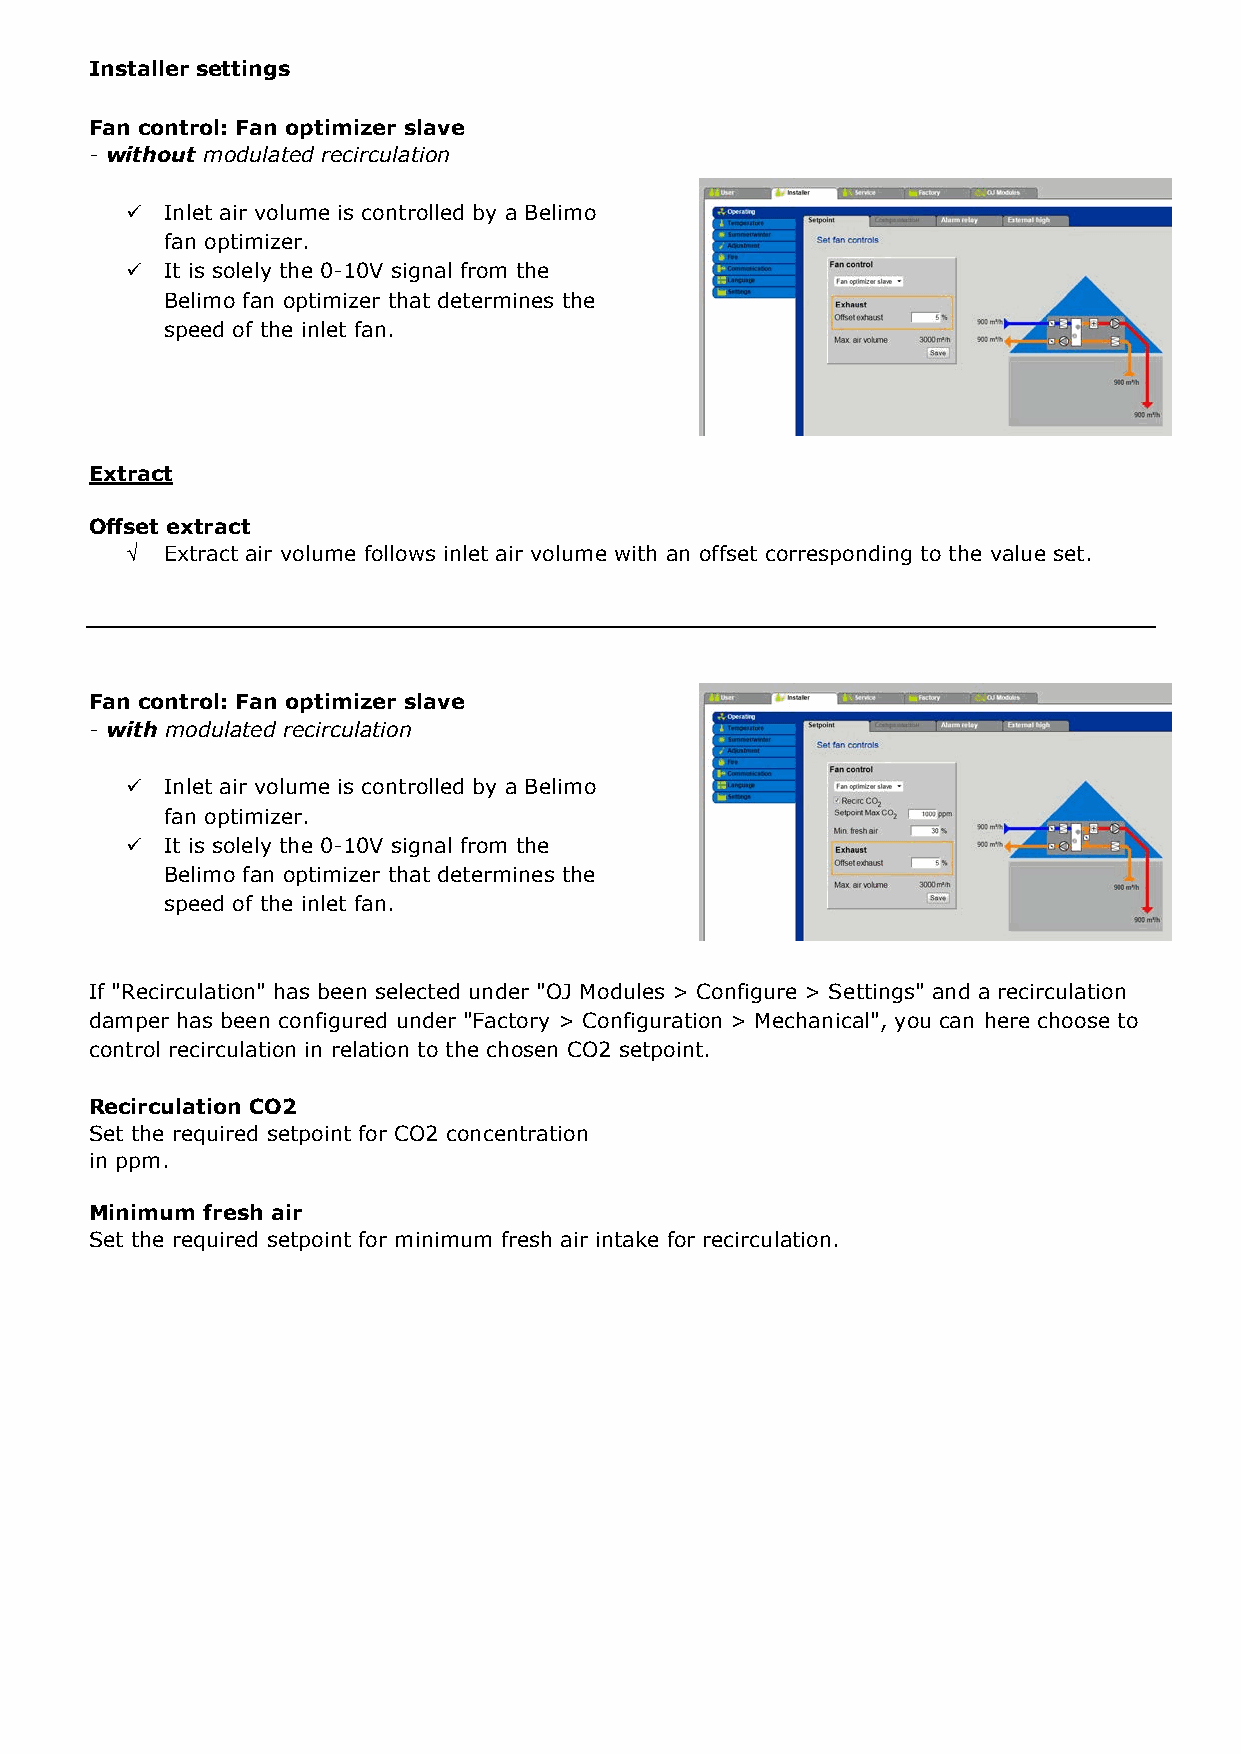
Installer settings Installer settings
 Fan control: Fan optimizer Fan control: Fan optimizer slave
 - without modulated recirculation - without modulated recirculation
  Inlet and extract volumes are controlled  Inlet air volume is controlled by a Belimo
 separately by a Belimo fan optimizer. fan optimizer.
  It is solely the 0-10V signal from the  It is solely the 0-10V signal from the
 Belimo fan optimizer that determines the Belimo fan optimizer that determines the
 speed of the fans. speed of the inlet fan.
 Extract
 Offset extract
 Fan control: Fan optimizer
 √  Extract air volume follows inlet air volume with an offset corresponding to the value set.
 - with modulated recirculation
  Inlet and extract volumes are controlled
 separately by a Belimo fan optimizer.
  It is solely the 0-10V signal from the
 Fan control: Fan optimizer slave
 Belimo fan optimizer that determines the
 - with modulated recirculation
 speed of the fans.
   Inlet air volume is controlled by a Belimo
 fan optimizer.
   It is solely the 0-10V signal from the
 If "Recirculation" has been selected under "OJ Modules
 Belimo fan optimizer that determines the
 > Configure > Settings" and a recirculation damper has
 speed of the inlet fan.
 been configured under "Factory > Configuration >
 Mechanical", you can here choose to control
 recirculation in relation to the chosen CO2 setpoint.
 If "Recirculation" has been selected under "OJ Modules > Configure > Settings" and a recirculation
 damper has been configured under "Factory > Configuration > Mechanical", you can here choose to
 Recirculation CO2
 control recirculation in relation to the chosen CO2 setpoint.
 Set the required setpoint for CO2 concentration
 in ppm.
 Recirculation CO2
 Minimum fresh air Set the required setpoint for CO2 concentration
 Set the required setpoint for minimum fresh-air intake for recirculation. in ppm.
 Minimum fresh air
 Set the required setpoint for minimum fresh air intake for recirculation.